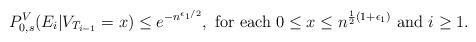
LaTeX: \begin{align*}P_{0,s}^V(E_i|V_{T_{i-1}} = x) \leq e^{-n^{\epsilon_1/2}}, \mbox{ for each } 0 \leq x \leq n^{\frac{1}{2}(1 + \epsilon_1)} \mbox{ and } i \geq 1.\end{align*}